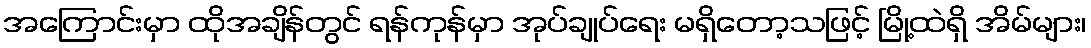
အကြောင်းမှာ ထိုအချိန်တွင် ရန်ကုန်မှာ အုပ်ချုပ်ရေး မရှိတော့သဖြင့် မြို့ထဲရှိ အိမ်များ၊